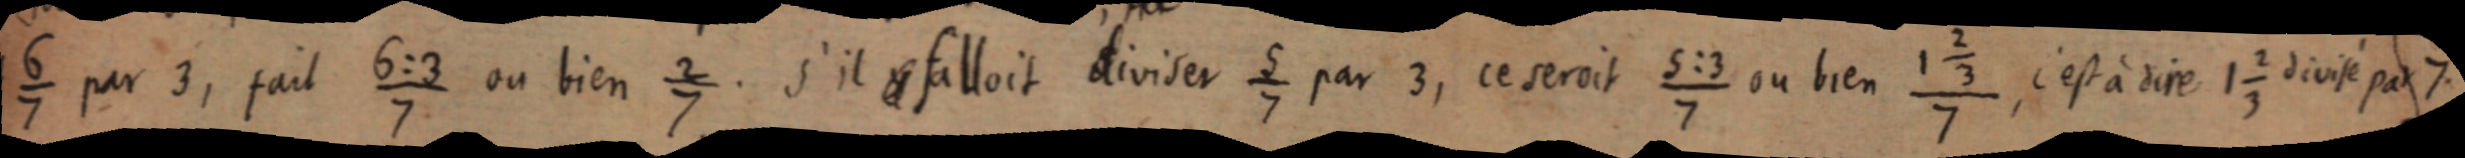
⁶⁄₇ par 3, fait 6:3/7 ou bien ²⁄₇. S’il fallait diviser ⁵⁄₇ par 3, ce serait 5:3/7 ou bien (1 ⅔) /7, c’est à dire 1 ⅔ divisé par 7.